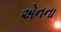
એનના